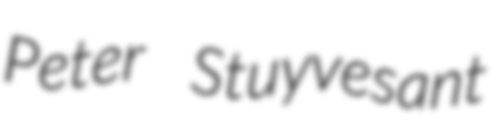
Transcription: Peter Stuyvesant